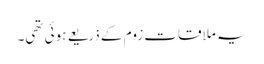
یہ ملاقات زوم کے ذریعے ہوئی تھی۔